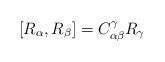
LaTeX: \begin{align*}[R_{\alpha },R_{\beta }]=C^{\gamma }_{\alpha \beta }R_{\gamma }\end{align*}